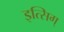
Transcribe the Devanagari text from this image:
इत्सिग्